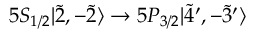
5 S _ { 1 / 2 } | \Tilde { 2 } , - \Tilde { 2 } \rangle \rightarrow 5 P _ { 3 / 2 } | \Tilde { 4 } ^ { \prime } , - \Tilde { 3 } ^ { \prime } \rangle